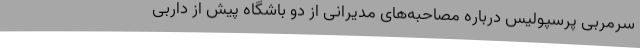
سرمربی پرسپولیس درباره مصاحبه‌های مدیرانی از دو باشگاه پیش از داربی